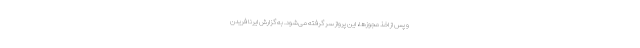
و پس از اخذ مجوزها، این پرواز سر گرفته می‌شود. به گزارش ایرنا فریدن